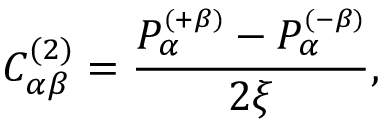
C _ { \alpha \beta } ^ { ( 2 ) } = \frac { P _ { \alpha } ^ { \scriptscriptstyle { ( + \beta ) } } - P _ { \alpha } ^ { \scriptscriptstyle { ( - \beta ) } } } { 2 \xi } ,